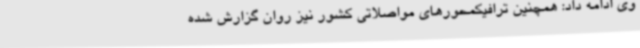
وی ادامه داد: همچنین ترافیکمحورهای مواصلاتی کشور نیز روان گزارش شده